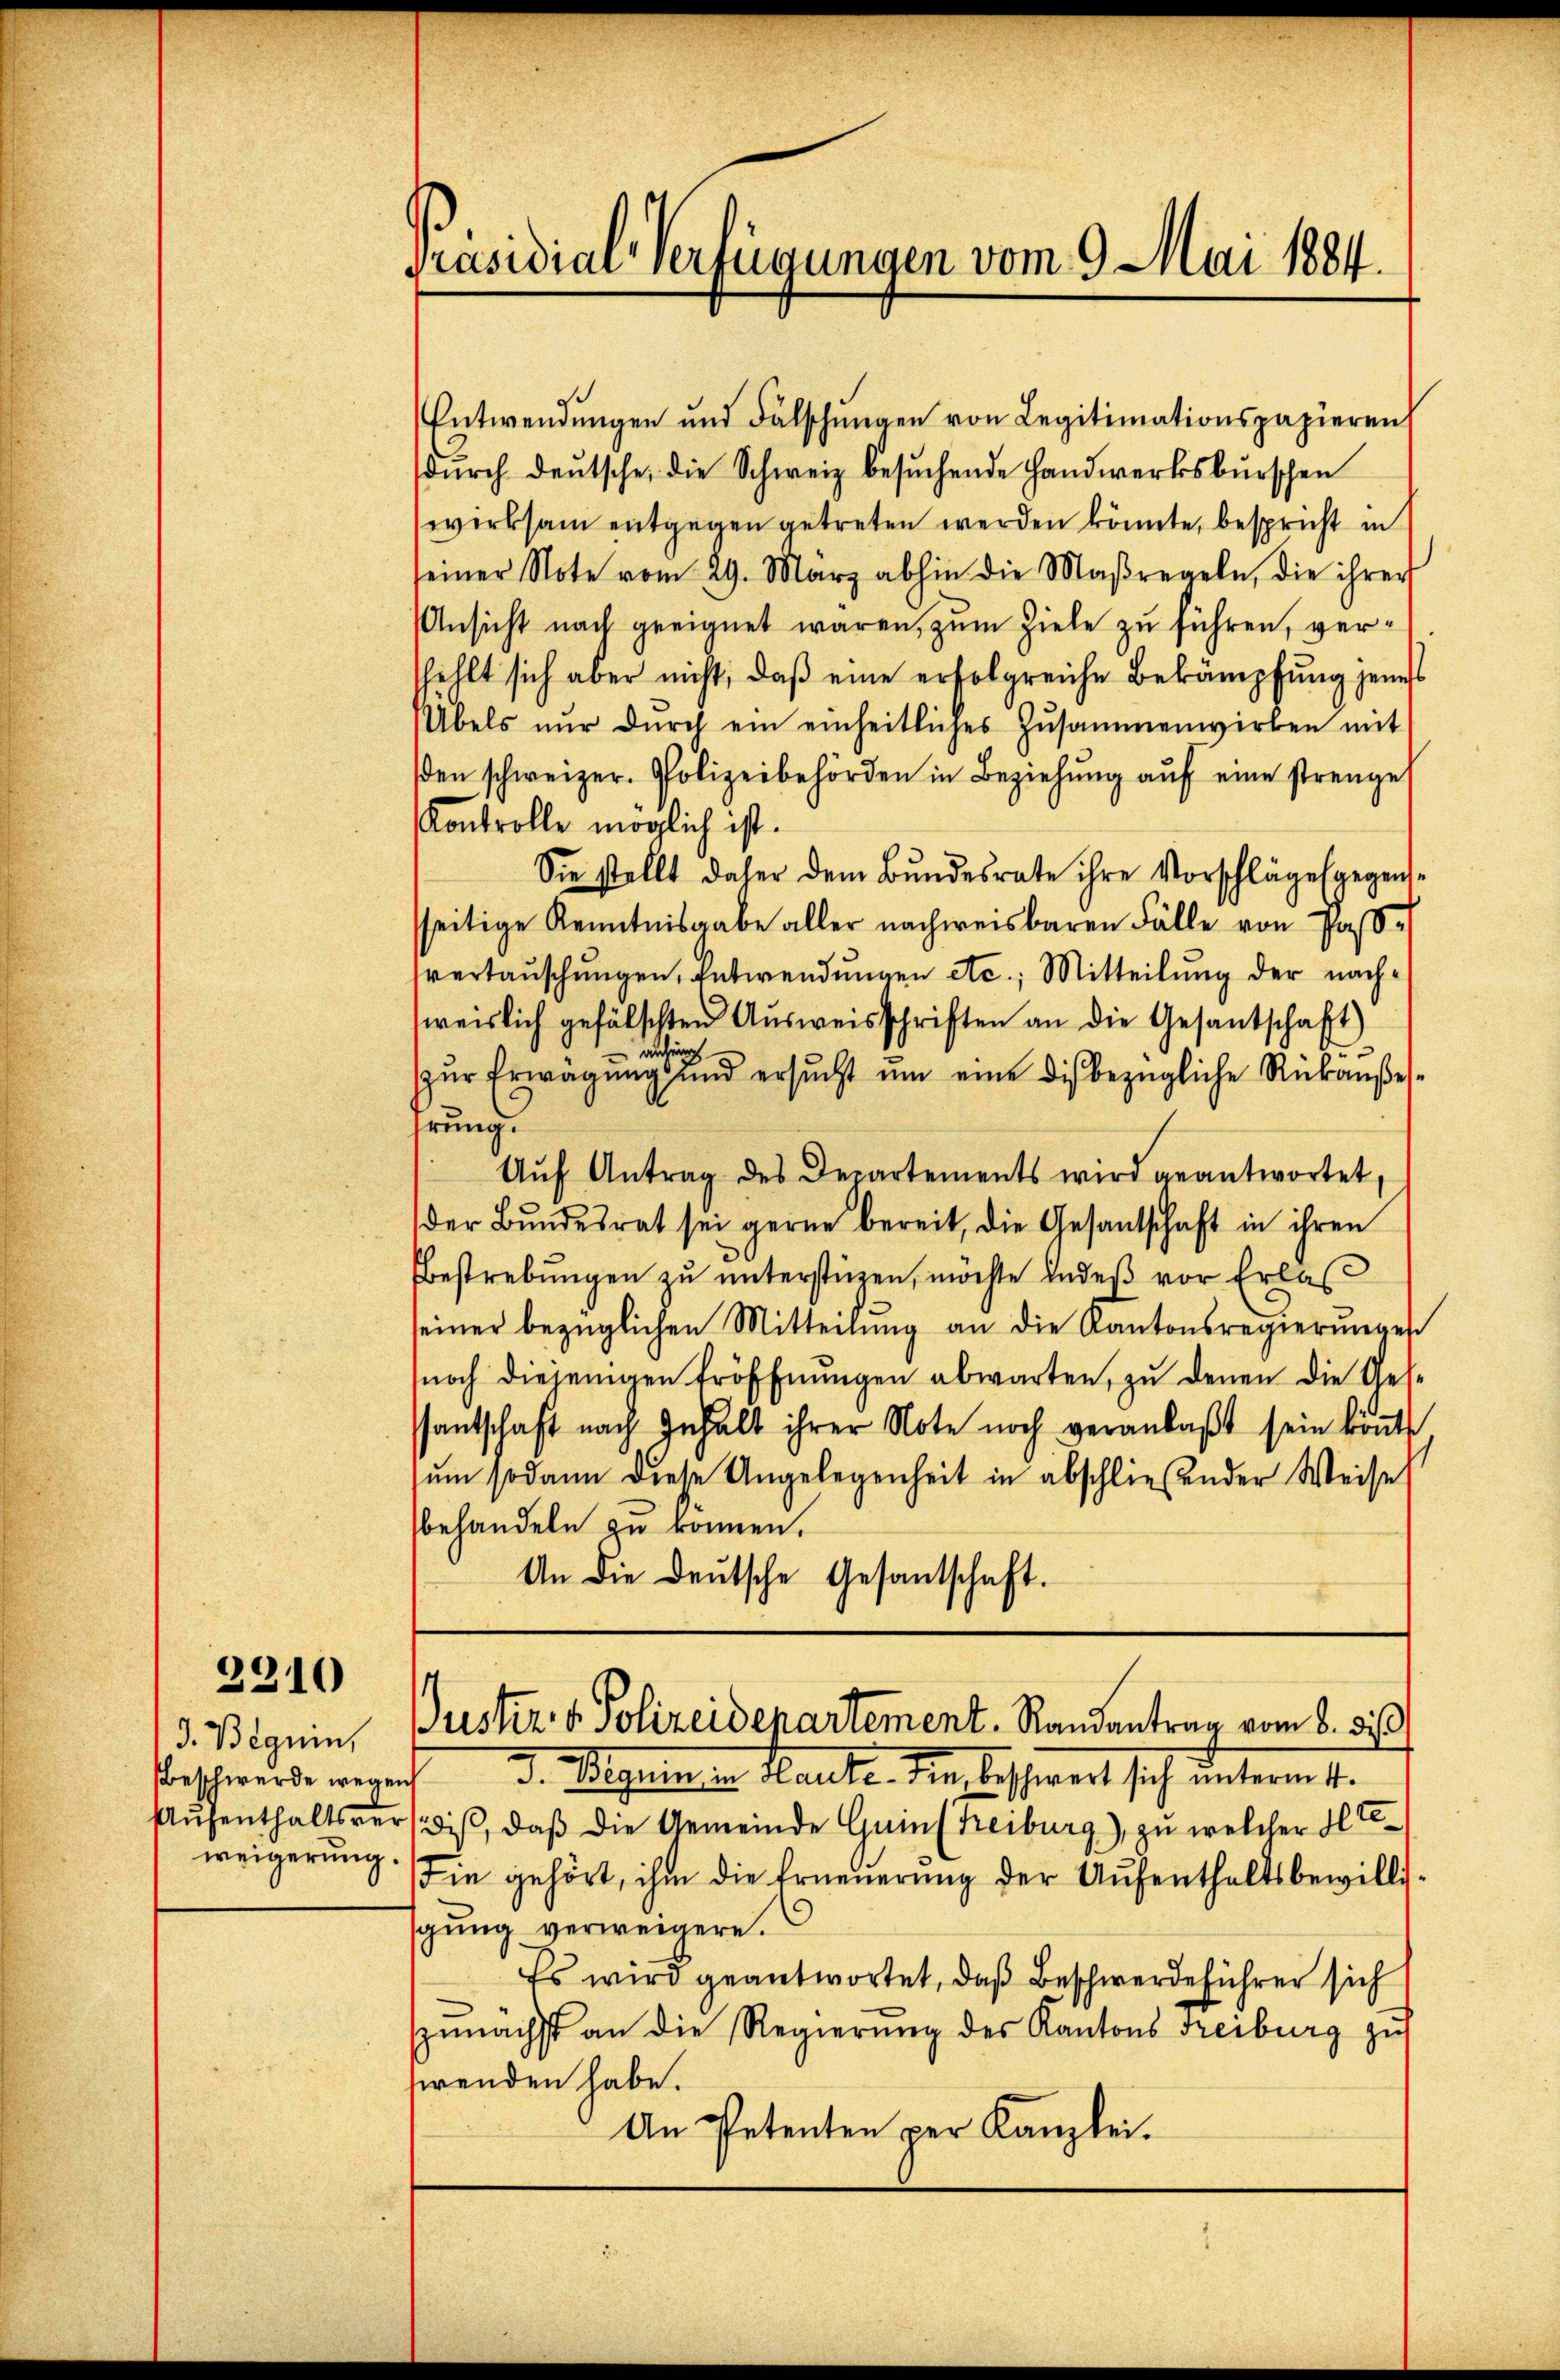
2310

3. Beguin,
weigerung.

Präsidial-Verfügungen vom 9. Mai 1884.

Entwendŭngen und Fälschŭngen von Legitimationspapieren
dŭrch deŭtsche die Schweiz besŭchende Handwerksburschen
wirksam entgegen getreten werden könnte, bespricht in
seiner Note vom 29. März abhin die Maßregeln, die ihrer
Ansicht nach geeignet waren, zum Ziele zu führen, verfehlt sich aber nicht, daß eine erfolgreiche Bekämpfung jenes
Übels nŭr dŭrch ein einheitliches Zusammenwirken mit
βen schweizer. Polizeibehörden in Beziehŭng aŭf eine strenge
Kontrolle möglich ist.
Sie stellt daher dem Bundesrate ihre Vorschläge gegenssseitige Kenntnisgabe aller nachweisbaren Fälle von Paßsvertaŭschŭngen, Entwendŭngen etc.; Mitteilŭng der nach-
weislich gefälschten Ausweisschriften an die Gesantschaft)
auhein
u
zur Erwägung und ersucht um eine dis bezügliche Rükanßesrung.
Aŭf Antrag des Departements wird geantwortet,
der Bundesrat sei gerne bereit, die Gesantschaft in ihren
bestrebŭngen zŭ ŭnterstüzen, möchte Indeβ vor Erlaβ
seiner bezüglichen Mitteilung an die Kantonsregierungen
noch diejenigen Eröffnungen abwarten, zu denen die Ges¬
Pantschaft nach Inhalt ihrer Note noch veranlaβt sein könnte
sum sodann diese Angelegenheit in abschließender Weisel
behandeln zu können.
An die Deutsche Gesantschaft.

Justiz & Polizeidepartement. Randantrag vom 8. 510

eschwerde wegen d. Allgemein Haute. Sie lessiert sich unterm 1.
Aufenthaltsverdis, daß die Gemeinde Guins Freiburg), zu welcher Elte
Die gehört, ihm die Erneuerung der Aufenthaltsbewillisgung verweigere.
Es wird geantwortet, daß Beschwerdeführer sich
zunächst an die Regierŭng des Kantons Freiburg zu
wenden habe.
An Petenten per Kanzlei.